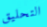
التحليق